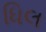
ધિલ